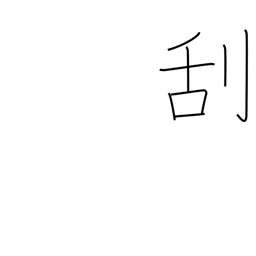
Meaning: scrape off